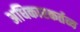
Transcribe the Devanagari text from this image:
अधिकारकर्तव्य